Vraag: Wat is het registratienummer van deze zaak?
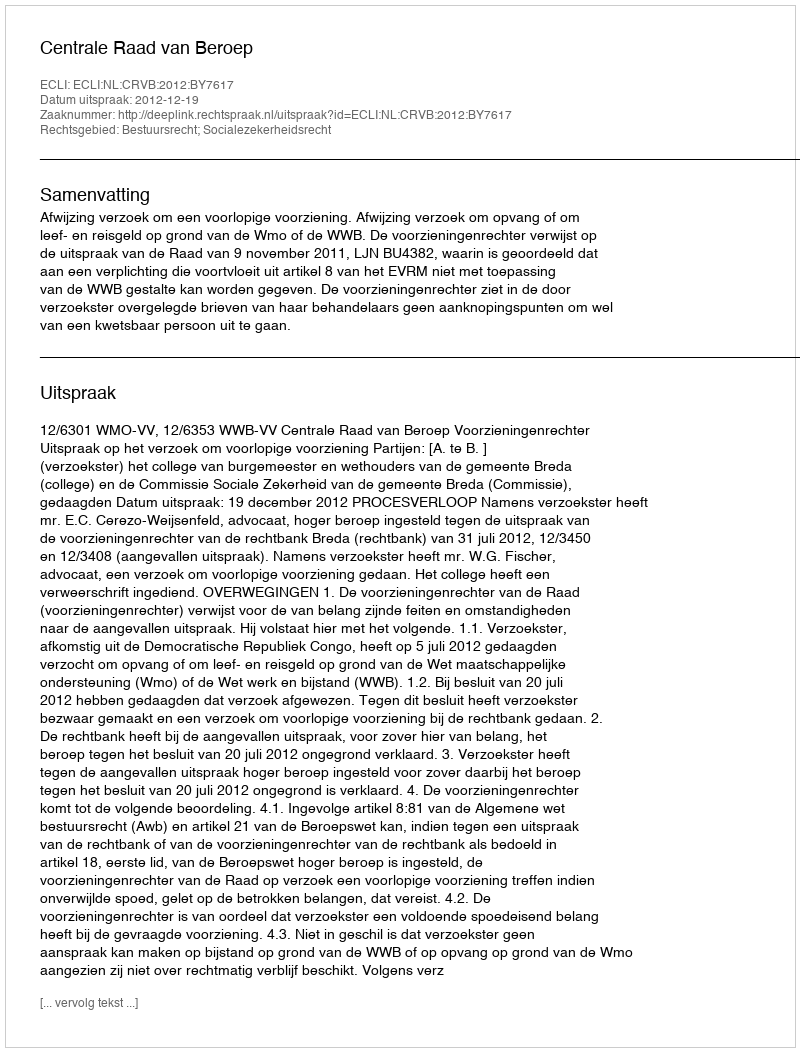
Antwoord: http://deeplink.rechtspraak.nl/uitspraak?id=ECLI:NL:CRVB:2012:BY7617